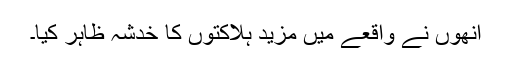
انھوں نے واقعے میں مزید ہلاکتوں کا خدشہ ظاہر کیا۔